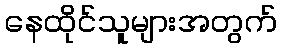
နေထိုင်သူများအတွက်